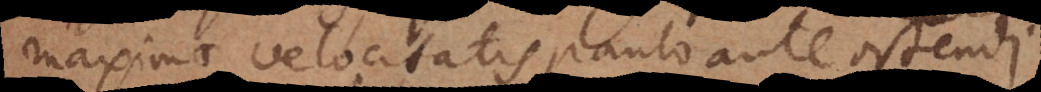
maximae velocitatis paulo ante ostendi.